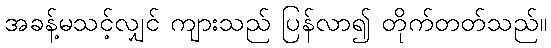
အခန့်မသင့်လျှင် ကျားသည် ပြန်လာ၍ တိုက်တတ်သည်။